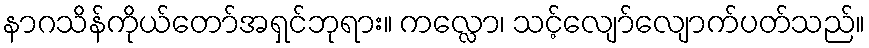
နာဂသိန်ကိုယ်တော်အရှင်ဘုရား။ ကလ္လော၊ သင့်လျော်လျောက်ပတ်သည်။